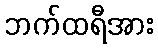
ဘက်ထရီအား